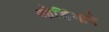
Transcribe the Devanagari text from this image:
ओडिंगाने